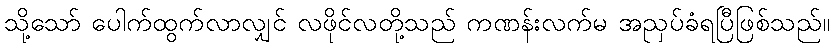
သို့သော် ပေါက်ထွက်လာလျှင် လဖိုင်လတို့သည် ကဏန်းလက်မ အညှပ်ခံရပြီဖြစ်သည်။